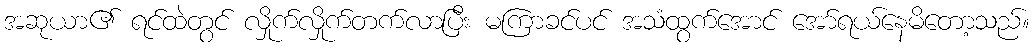
အဆုယာ၏ ရင်ထဲတွင် လှိုက်လှိုက်တက်လာပြီး မကြာခင်ပင် အသံထွက်အောင် အော်ရယ်နေမိတော့သည်။